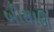
બીસાઊ